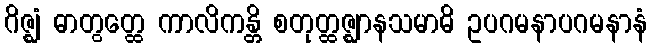
ဂိဇ္ဈံ ဓာတွတ္ထေ ကာလိကန္တိ စတုတ္ထဇ္ဈာနသမာဓိ ဥပဂမနာပဂမနာနံ